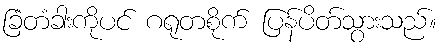
ခြံတံခါးကိုပင် ဂရုတစိုက် ပြန်ပိတ်သွားသည်။